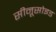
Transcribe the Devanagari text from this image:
सीनूसोइड